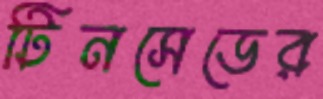
টিনসেডের